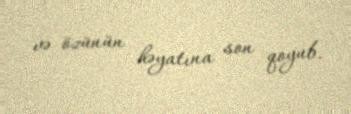
və özünün həyatına son qoyub.